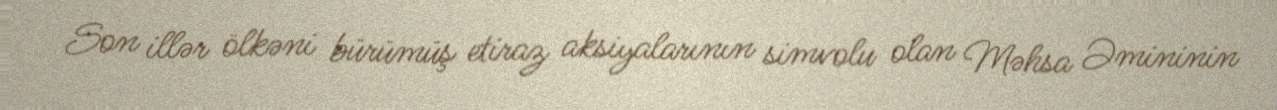
Son illər ölkəni bürümüş etiraz aksiyalarının simvolu olan Məhsa Əmininin